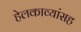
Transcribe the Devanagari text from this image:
हेलकाव्यांसह